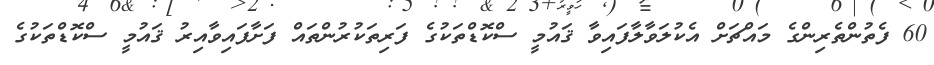
60 ފެތުންތެރިންގެ މައްޗަށް އެކުލަވާލާފައިވާ ޤައުމީ ސްކޮޑްތަކުގެ ފަރިތަކުރުންތައް ފަށާފައިވާއިރު ޤައުމީ ސްކޮޑްތަކުގެ